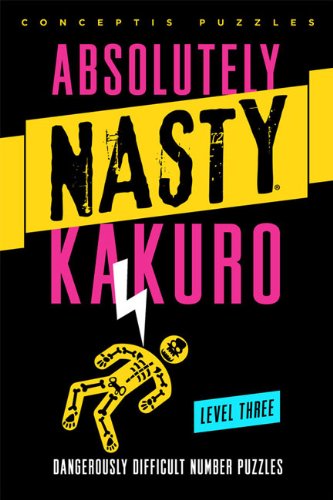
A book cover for Absolutely NastyÂ® Kakuro Level Three (Absolutely NastyÂ® Series); Conceptis Puzzles; Humor & Entertainment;